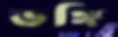
ভঙ্গি